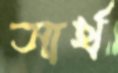
সার্থ